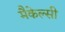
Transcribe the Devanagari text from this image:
मैकेल्सी